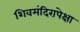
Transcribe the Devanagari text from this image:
शिवमंदिरापेक्षा